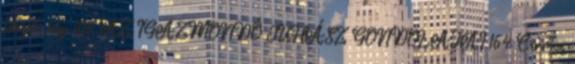
idézet, kép 108 AZ IGAZMONDÓ JUHÁSZ GONDOLATAI 164 Cirmos